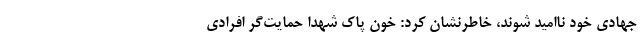
جهادی خود ناامید شوند، خاطرنشان کرد: خون پاک شهدا حمایت‌گر افرادی